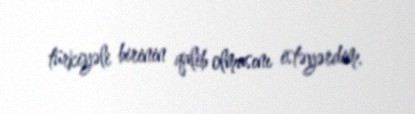
türkiyəli birinin qalib olmasını istəyərdim.